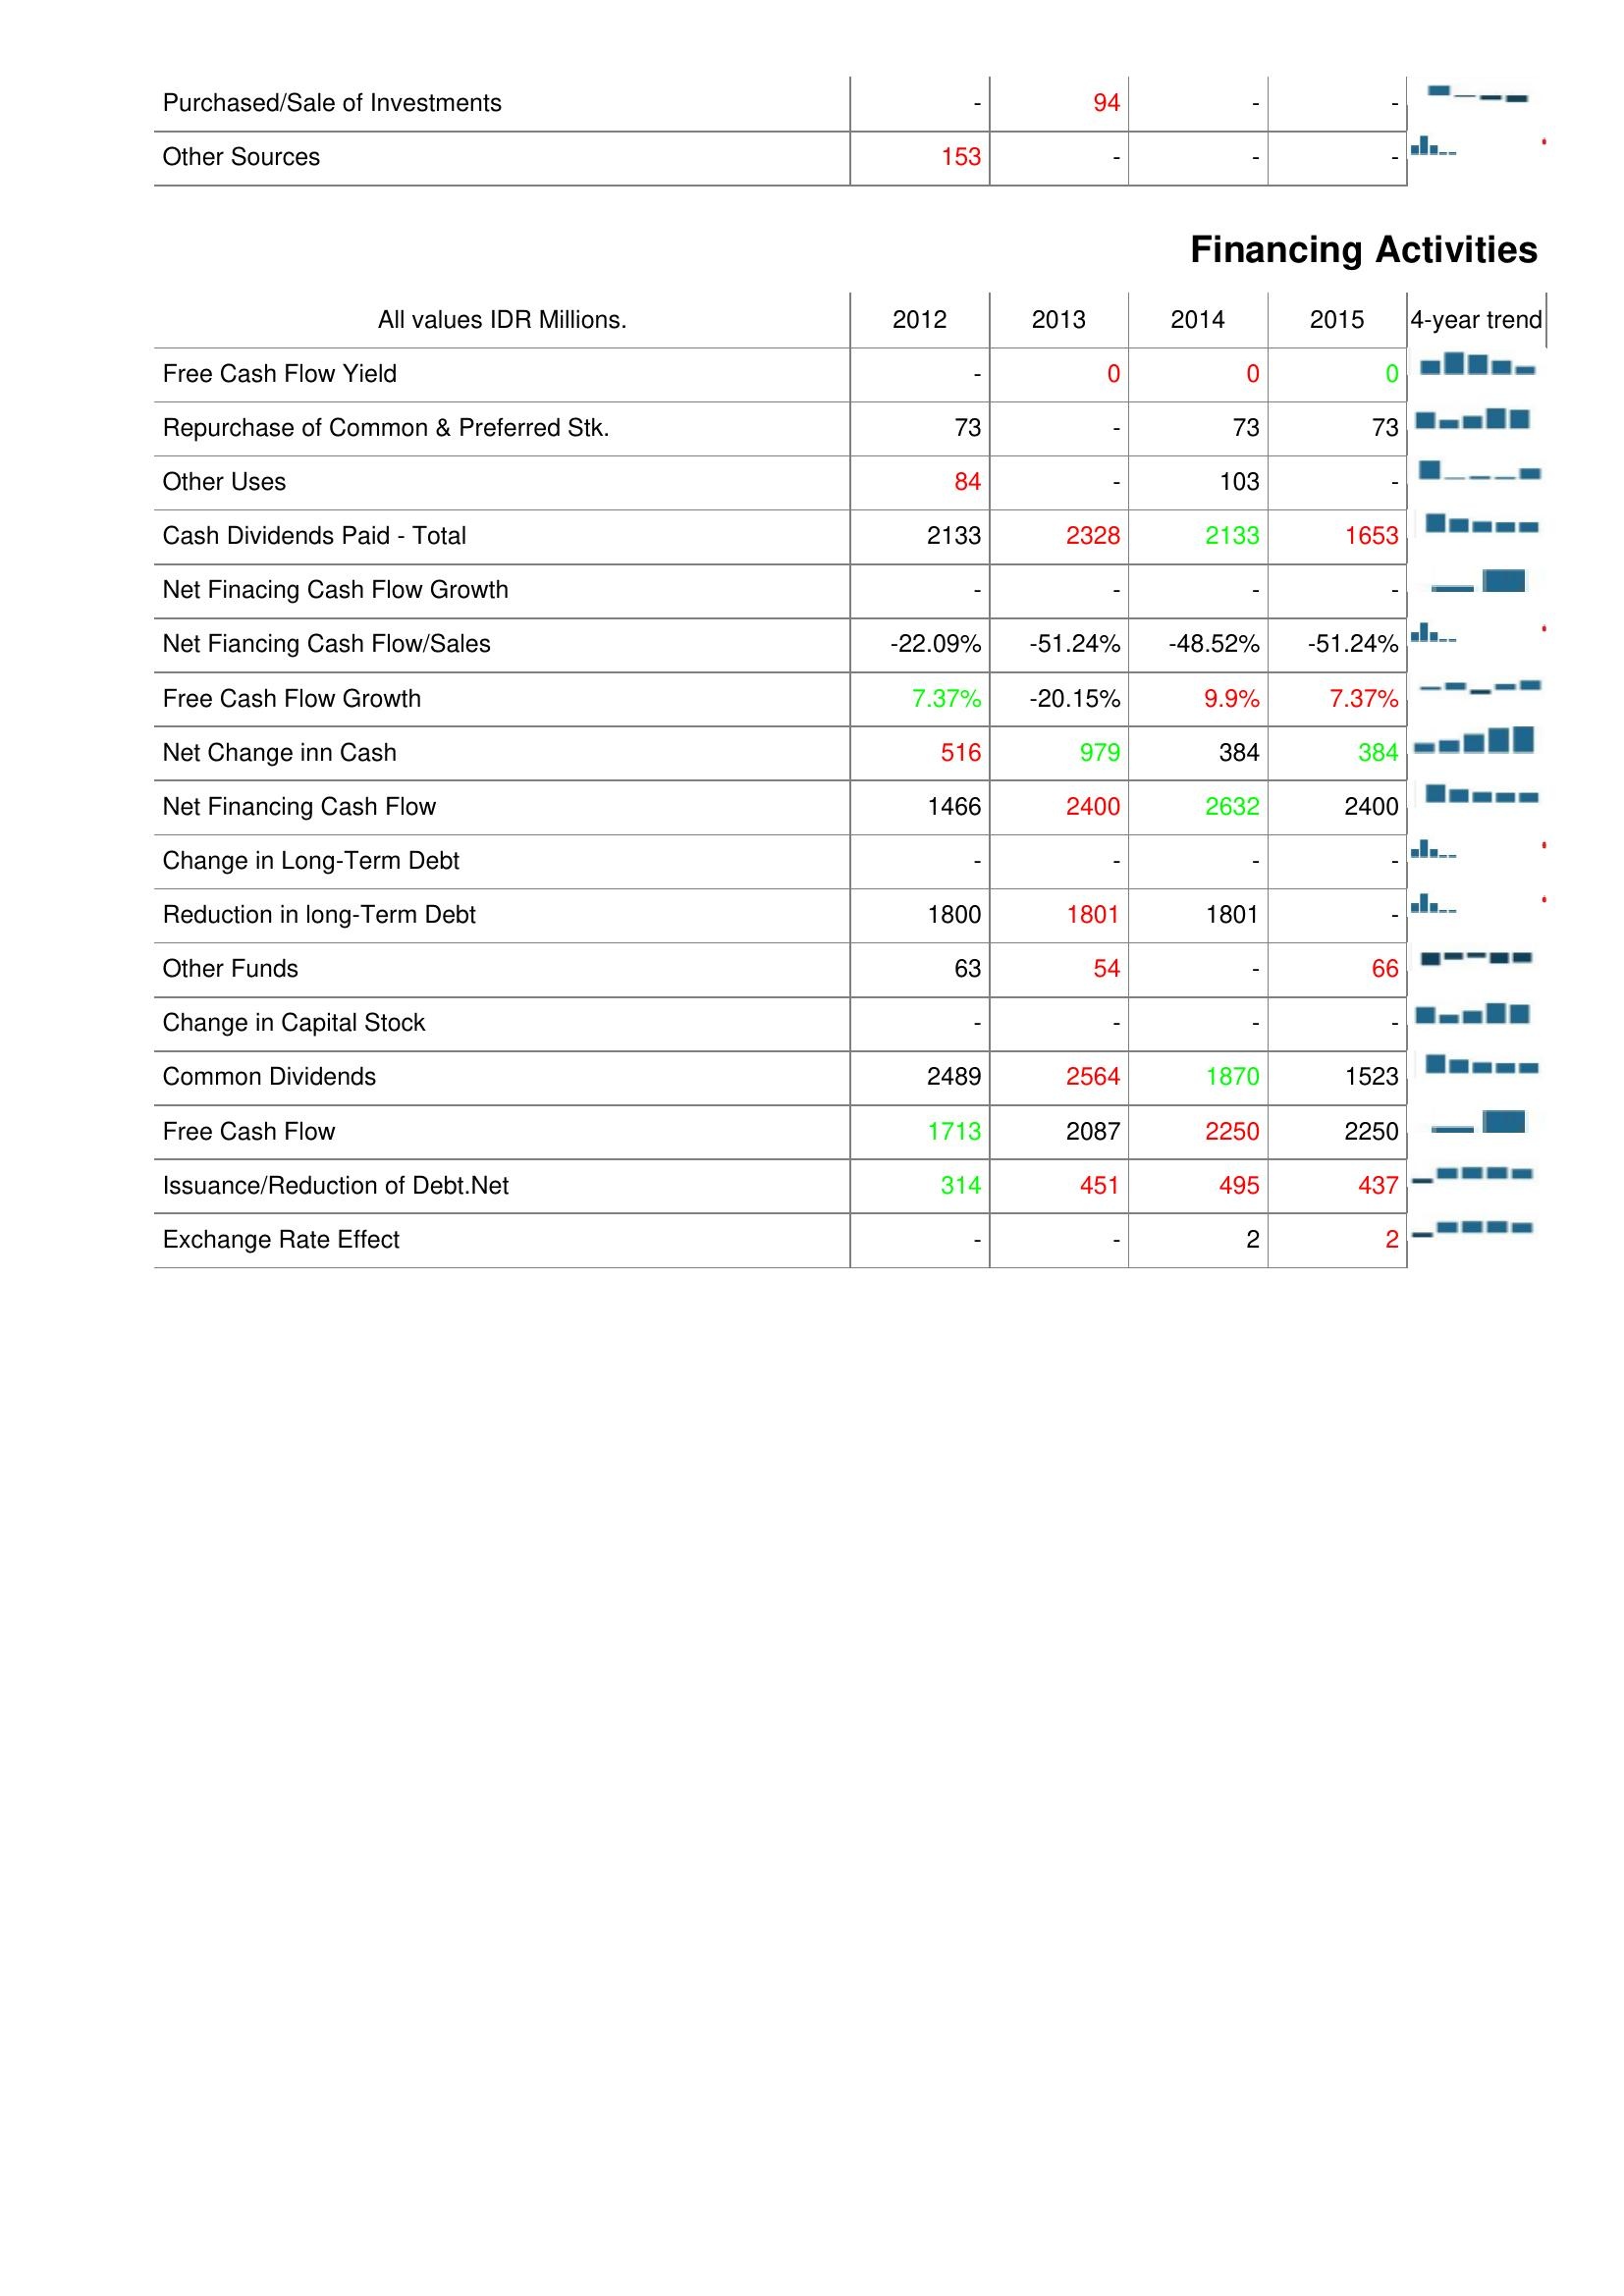
2012: Investing Activities: Purchased/Sale of Investments: -
Other Sources: 153
Financing Activities: Free Cash Flow Yield: -
Repurchase of Common & Preferred Stk.: 73
Other Uses: 84
Cash Dividends Paid - Total: 2133
Net Finacing Cash Flow Growth: -
Net Fiancing Cash Flow/Sales: -22.09%
Free Cash Flow Growth: 7.37%
Net Change inn Cash: 516
Net Financing Cash Flow: 1466
Change in Long-Term Debt: -
Reduction in long-Term Debt: 1800
Other Funds: 63
Change in Capital Stock: -
Common Dividends: 2489
Free Cash Flow: 1713
Issuance/Reduction of Debt.Net: 314
Exchange Rate Effect: -
2013: Investing Activities: Purchased/Sale of Investments: 94
Other Sources: -
Financing Activities: Free Cash Flow Yield: 0
Repurchase of Common & Preferred Stk.: -
Other Uses: -
Cash Dividends Paid - Total: 2328
Net Finacing Cash Flow Growth: -
Net Fiancing Cash Flow/Sales: -51.24%
Free Cash Flow Growth: -20.15%
Net Change inn Cash: 979
Net Financing Cash Flow: 2400
Change in Long-Term Debt: -
Reduction in long-Term Debt: 1801
Other Funds: 54
Change in Capital Stock: -
Common Dividends: 2564
Free Cash Flow: 2087
Issuance/Reduction of Debt.Net: 451
Exchange Rate Effect: -
2014: Investing Activities: Purchased/Sale of Investments: -
Other Sources: -
Financing Activities: Free Cash Flow Yield: 0
Repurchase of Common & Preferred Stk.: 73
Other Uses: 103
Cash Dividends Paid - Total: 2133
Net Finacing Cash Flow Growth: -
Net Fiancing Cash Flow/Sales: -48.52%
Free Cash Flow Growth: 9.9%
Net Change inn Cash: 384
Net Financing Cash Flow: 2632
Change in Long-Term Debt: -
Reduction in long-Term Debt: 1801
Other Funds: -
Change in Capital Stock: -
Common Dividends: 1870
Free Cash Flow: 2250
Issuance/Reduction of Debt.Net: 495
Exchange Rate Effect: 2
2015: Investing Activities: Purchased/Sale of Investments: -
Other Sources: -
Financing Activities: Free Cash Flow Yield: 0
Repurchase of Common & Preferred Stk.: 73
Other Uses: -
Cash Dividends Paid - Total: 1653
Net Finacing Cash Flow Growth: -
Net Fiancing Cash Flow/Sales: -51.24%
Free Cash Flow Growth: 7.37%
Net Change inn Cash: 384
Net Financing Cash Flow: 2400
Change in Long-Term Debt: -
Reduction in long-Term Debt: -
Other Funds: 66
Change in Capital Stock: -
Common Dividends: 1523
Free Cash Flow: 2250
Issuance/Reduction of Debt.Net: 437
Exchange Rate Effect: 2